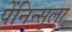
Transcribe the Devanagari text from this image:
पेंनिन्सुला